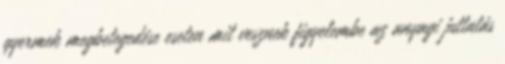
gyermek megbetegedése eseten mit vesznek figyelembe az anyagi juttatás